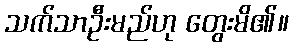
သက်သာဦးမည်ဟု တွေးမိ၏။